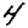
Digit: 4